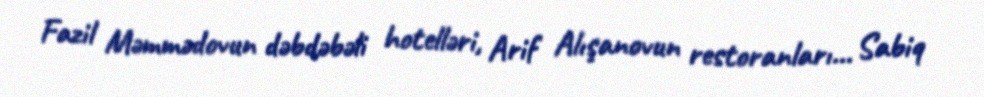
Fazil Məmmədovun dəbdəbəli hotelləri, Arif Alışanovun restoranları... Sabiq